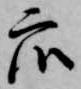
衆